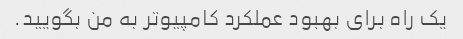
یک راه برای بهبود عملکرد کامپیوتر به من بگویید.